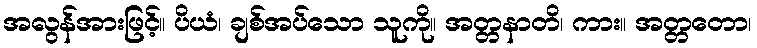
အလွန်အားဖြင့်။ ပိယံ၊ ချစ်အပ်သော သူကို။ အတ္တနာတိ၊ ကား။ အတ္တတော၊